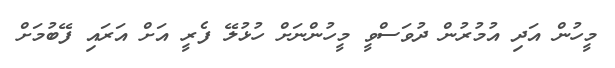
މީހުން އަދި އުމުރުން ދުވަސްވީ މީހުންނަށް ހުޅުލޭ ފެރީ އަށް އަރައި ފޭބުމަށް